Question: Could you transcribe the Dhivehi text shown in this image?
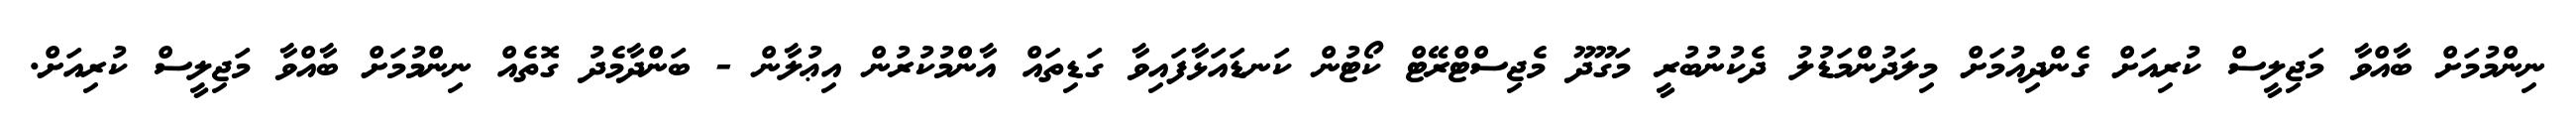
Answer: ނިންމުމަށް ބާއްވާ މަޖިލީސް ކުރިއަށް ގެންދިއުމަށް މިލަދުންމަޑުލު ދެކުނުބުރީ މަގޫދޫ މެޖިސްޓްރޭޓް ކޯޓުން ކަނޑައަޅާފައިވާ ގަޑިތައް އާންމުކުރުން އިޢުލާން - ބަންދާމެދު ގޮތެއް ނިންމުމަށް ބާއްވާ މަޖިލީސް ކުރިއަށް.